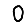
Digit: 0